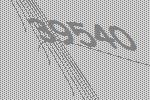
39540